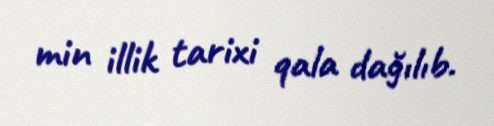
min illik tarixi qala dağılıb.